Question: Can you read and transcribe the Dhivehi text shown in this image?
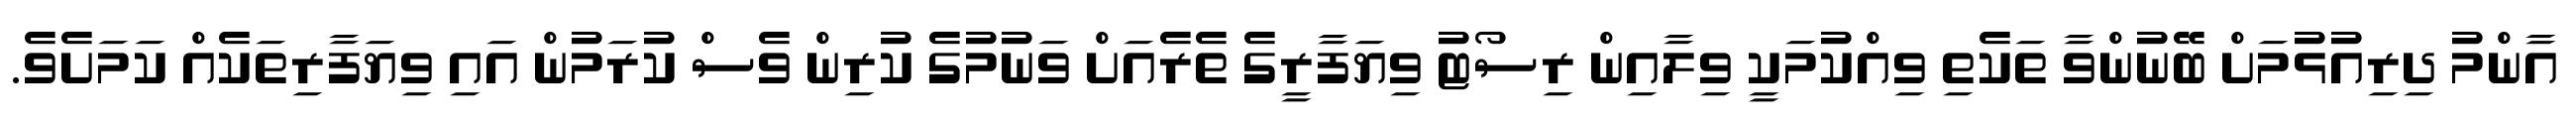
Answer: އާންމު ދިރިއުޅުމަށް ބޭނުންވާ ތަކެތި ވިއްކުމަކީ ވިލާއިން ރިސޯޓު ވިޔަފާރީގެ ތެރެއަށް ވަނުމުގެ ކުރިން ވެސް ކުރަމުން އައި ވިޔަފާރިތަކެއް ކަމަށެވެ.